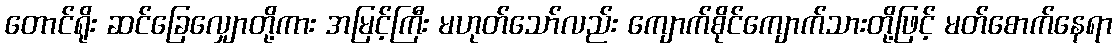
တောင်ရိုး ဆင်ခြေလျှောတို့ကား အမြင့်ကြီး မဟုတ်သော်လည်း ကျောက်စိုင်ကျောက်သားတို့ဖြင့် မတ်စောက်နေရာ